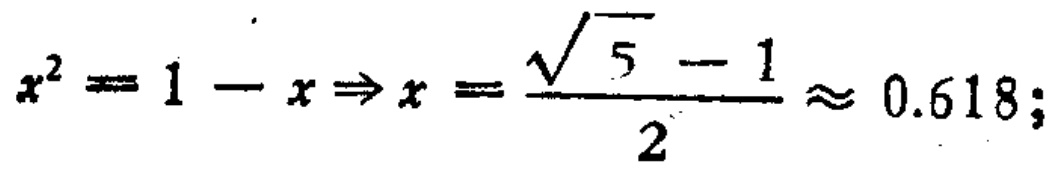
$x^{2}=1 - x\Rightarrow x=\frac{\sqrt{5}-1}{2}\approx 0.618;$